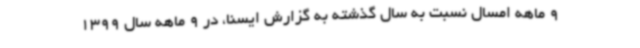
9 ماهه امسال نسبت به سال گذشته به گزارش ایسنا، در 9 ماهه سال 1399